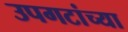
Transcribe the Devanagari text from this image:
उपगटांच्या